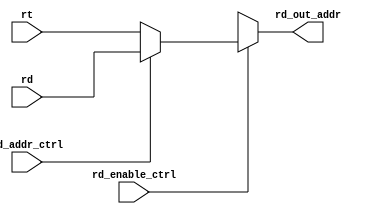
module RD_ADDR_MUX (
  rd_out_addr,
  rt,
  rd,
  rd_addr_ctrl,
  rd_enable_ctrl
  );
  
  input rd_addr_ctrl, rd_enable_ctrl;
  input [4:0] rt, rd;
  output reg [4:0]rd_out_addr;
  
  always @ (*)
    begin
      if(rd_enable_ctrl)
        begin
          if(rd_addr_ctrl)
            rd_out_addr = rd;
          else
            rd_out_addr = rt;
        end
      else
        rd_out_addr = 5'bXXXXX;
    end
  
  
endmodule